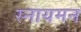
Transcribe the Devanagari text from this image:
स्नायमन